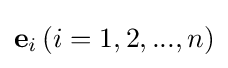
\mathbf {e} _{i}\,(i=1,2,...,n)